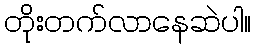
တိုးတက်လာနေဆဲပါ။